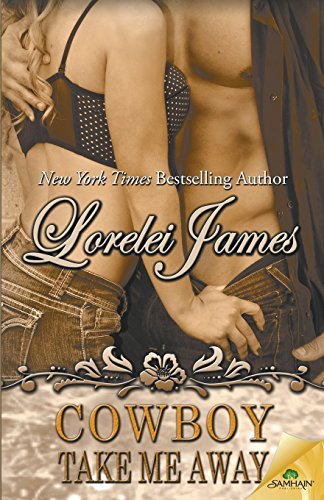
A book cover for Cowboy Take Me Away; Lorelei James; Romance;